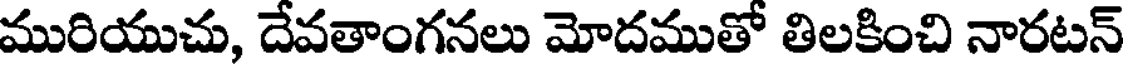
మురియుచు, దేవతాంగనలు మోదముతో తిలకించి నారటన్